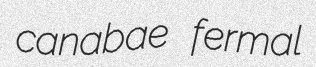
canabae fermal